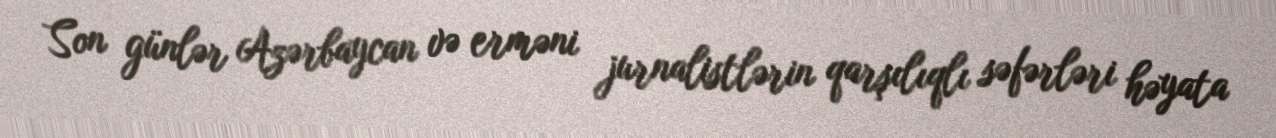
Son günlər Azərbaycan və erməni jurnalistlərin qarşılıqlı səfərləri həyata